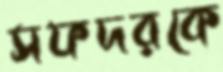
সফদরকে